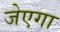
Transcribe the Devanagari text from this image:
जेएगा